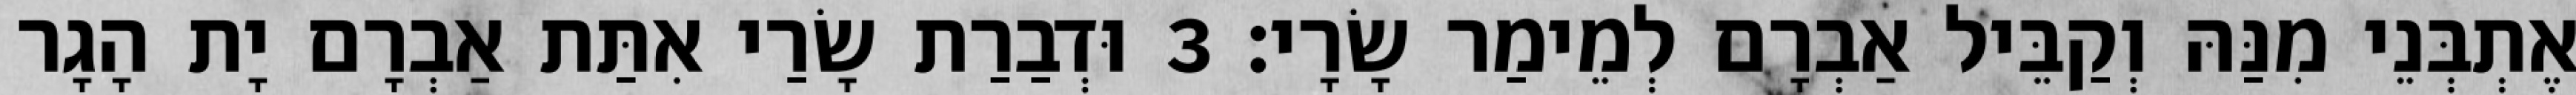
אֶתְבְּנֵי מִנַּהּ וְקַבֵּיל אַבְרָם לְמֵימַר שָׂרָי׃ 3 וּדְבַרַת שָׂרַי אִתַּת אַבְרָם יָת הָגָר